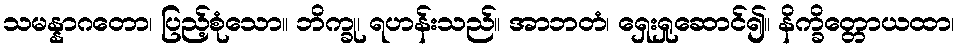
သမန္နာဂတော၊ ပြည့်စုံသော။ ဘိက္ခု၊ ရဟန်းသည်။ အာဘတံ၊ ရှေးရှုဆောင်၍။ နိက္ခိတ္တောယထာ၊